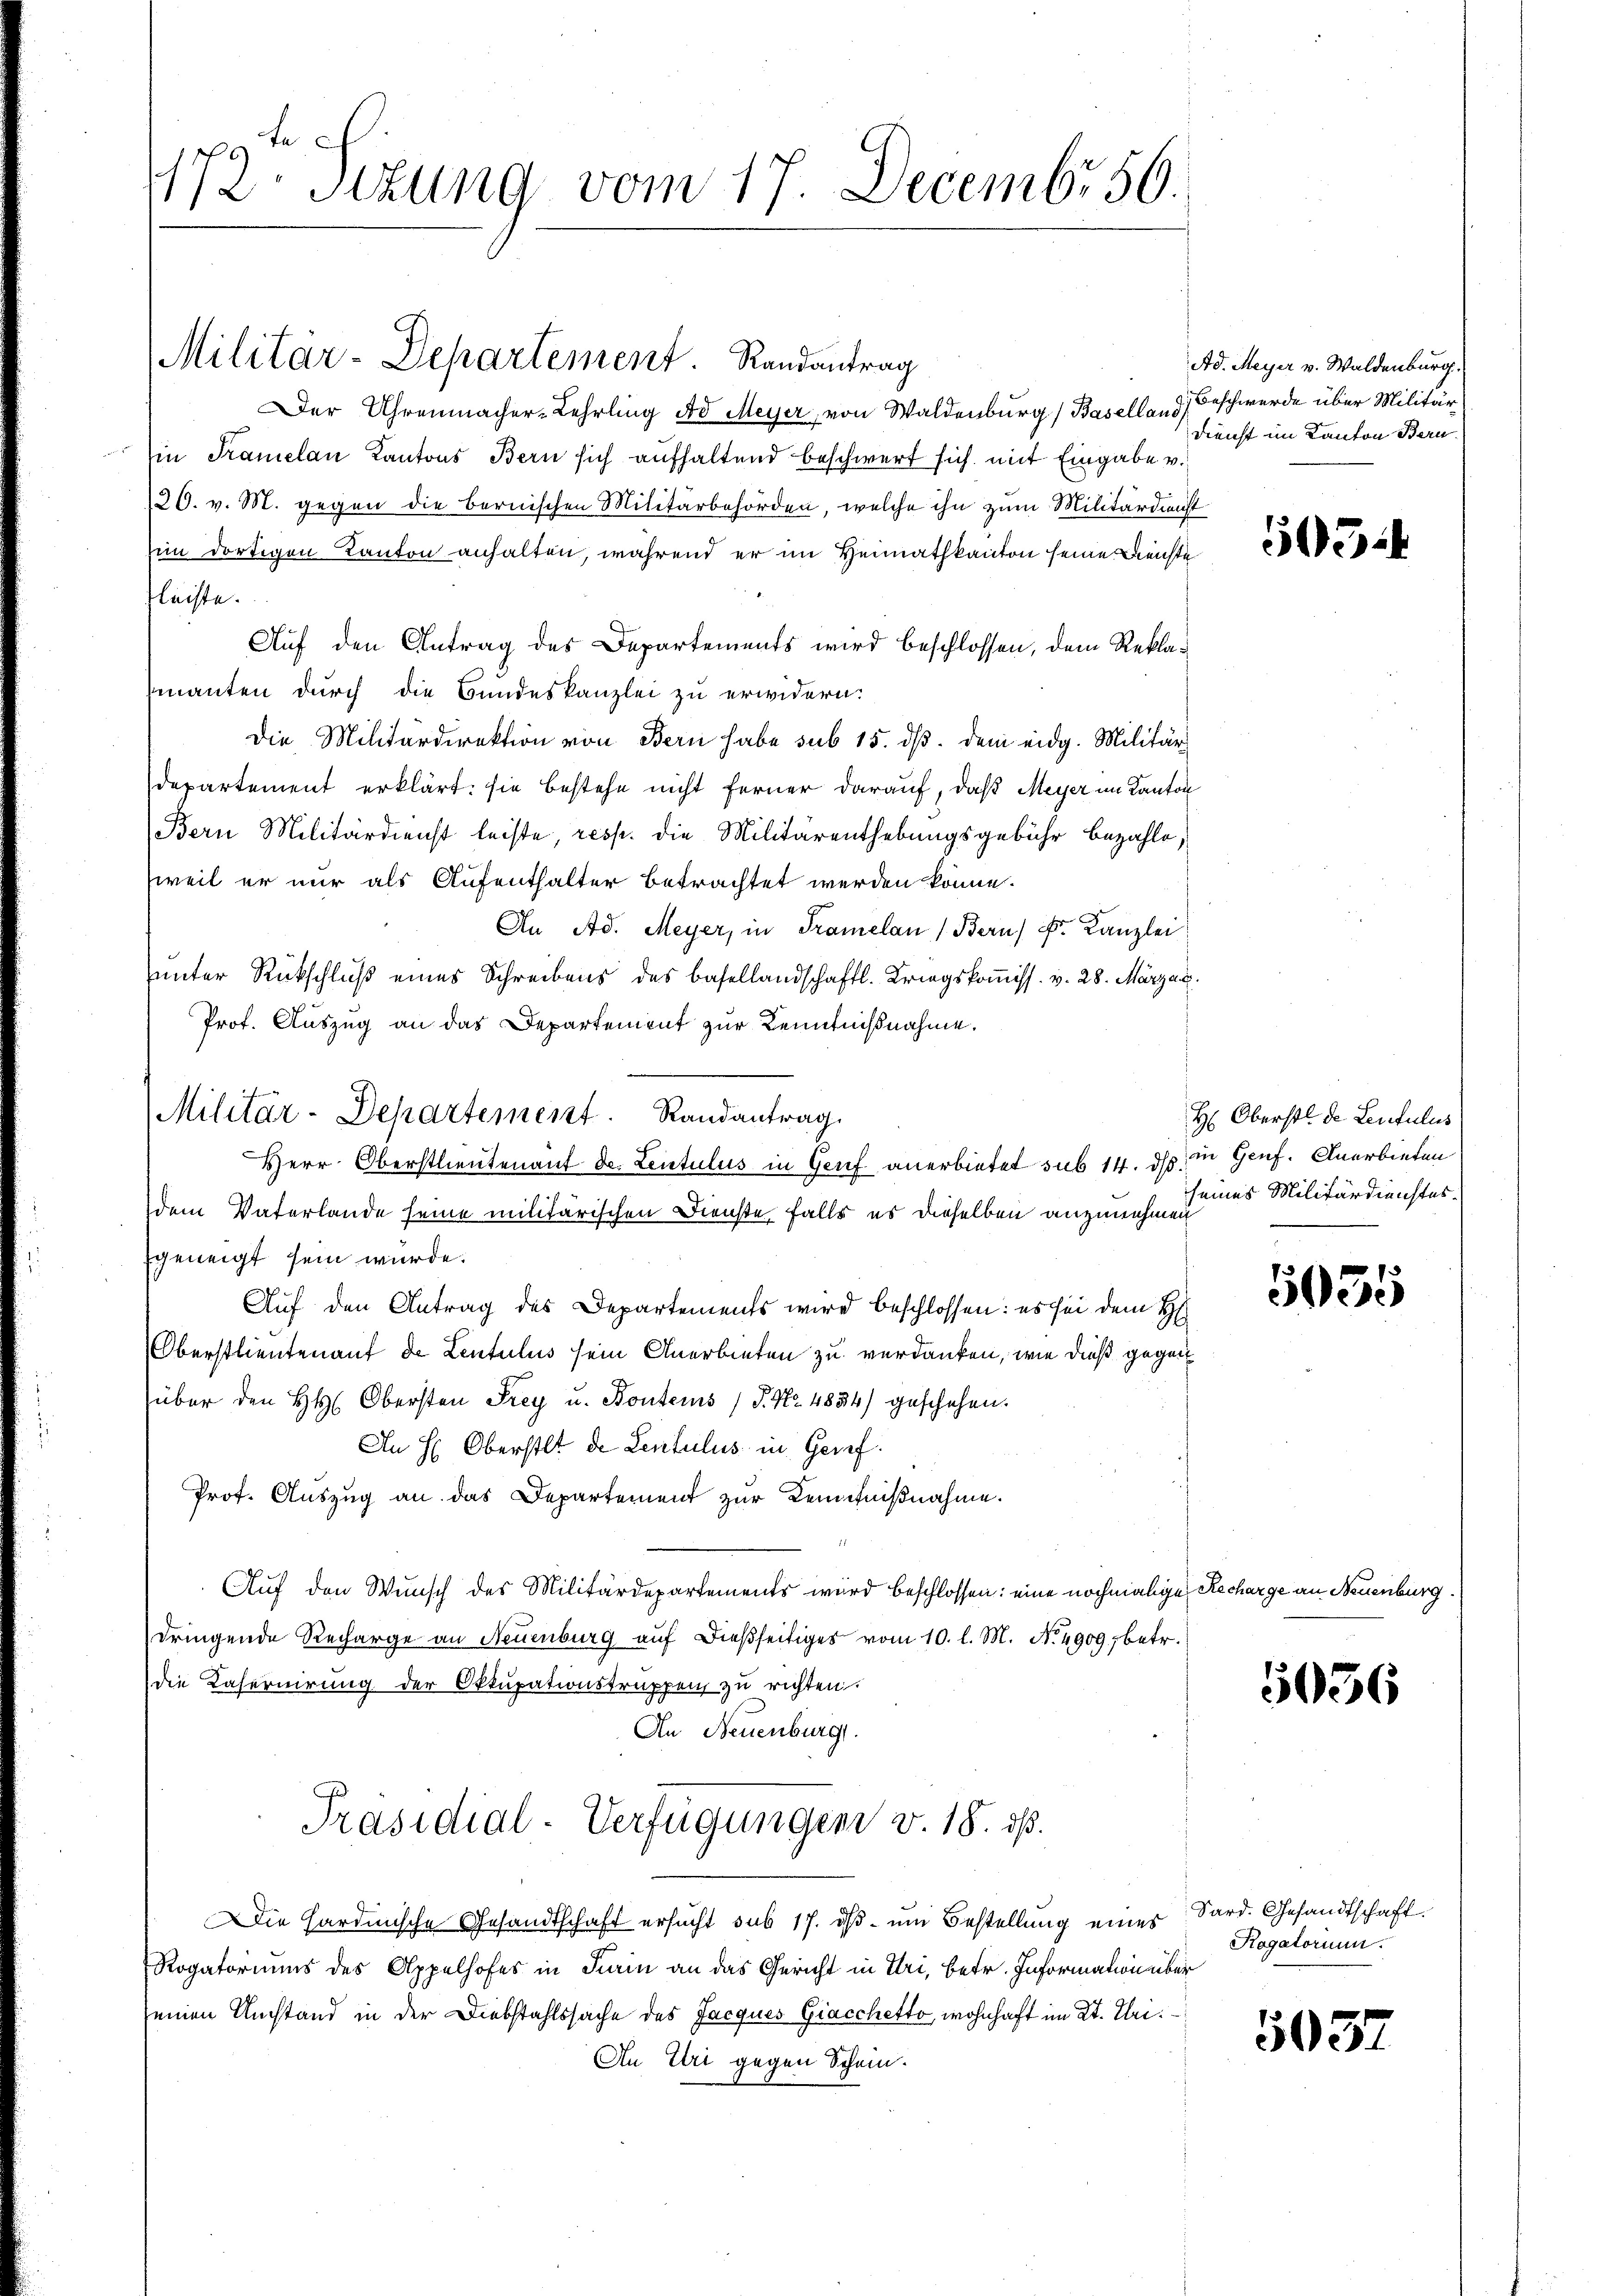
172. Sizung vom 17. Decembr 56.

Der Uhrenmacher-Lehrling ad Meyer, von Waldenburg, Basellan
in Tramelan Kantons Bern sich aufhaltend beschwert sich mit Eingabe v
20. v. M. gegen die Bernischen Militärbehörden, welche ihn zum Militärdi
sin dortigen Kanton anhalten, während er im Heimathkanton seine Fenst
Fleiste.
Auf den Antrag des Departements wird beschlossen, dem Rekla
manten durch die Bundeskanzlei zu erwidern.
Die Militärdirektion von Bern habe sub 15. dß. dem eidg. Militär-
departement erklärt: sie bestehe nicht ferner darauf, daß Meyer im Kant
Bern Militärdienst leiste, resp. die Militärenthebungsgebühr bezahle
weil er nur als Aufenthalter betrachtet werden könne.
An Ad. Meyer, in Tramelan) Bern k. Kanzlei
unter Rückschluß eines Schreibens des Basellandschaftl. Kriegskommiss. v. 28. März.
Prof. Auszug an das Departement zur Kenntnißnahme.
dem Vaterlande seine militärischen Dienste, falls es dieselben anzunehmen
geneigt sein würde.
7
Auf den Antrag des Departements wird beschlossen: es sei dem H
Oberstlieutenauf de Leutulus sein Anerbieten zu verdanken, wie dieß gegeüber den HH. Obersten Frey u. Bonters (S. Nr. 4834) geschehen.
An H: Oberstet de Lentulus in Geref.
Prof. Auszug an das Departement zur Kenntnißnahme.
Auf den Wunsch des Militärdepartements wird beschlossen: eine nochmalig
dringende Recharge an Neuenburg auf dießseitiges vom 10. l. M. No. 4909, betr.
die Kaseruirung der Okkupationstruppen zu richten.
An Neuenburg.
Präsidial-Verfügungen v. 18. ds.
Die Hardinische Gesandtschaft ersucht sub 17. ds um Bestellung eines
Rogatoriums des Appelhofes in Turin an das Gericht in Uri, betr. Information über
seinen Umstand in der Diebstahlssache des Jacques Giacchetto, wohnhaft im Kt. Uri¬
An Uri gegen Schein.

Militar-Departement. Randantrag

Militär-Departement. Randantrag
Herr Oberstlieutenant Dr. Leutulus in Genf anerbietet sub 14. ds. in Genf. Anerbieten

Ad. Meyer v. Waldenburg.
) Beschwerde über Militär
Dienst im Kanton Bern

f

503

H: Oberst de Leitulus
seines Militärdienstes.

5035

zu Recharge an Neuenburg.

5056

Sard. Gesandtschaft.
Rogatorium.

503.